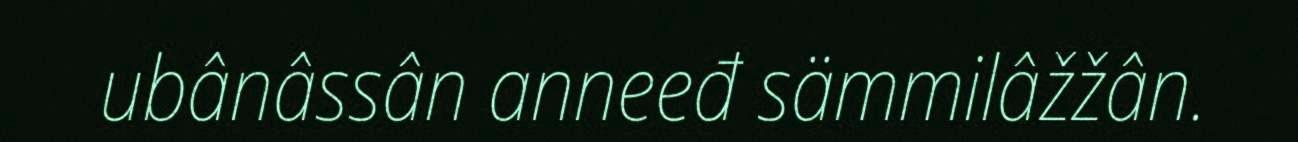
ubânâssân anneeđ sämmilâžžân.